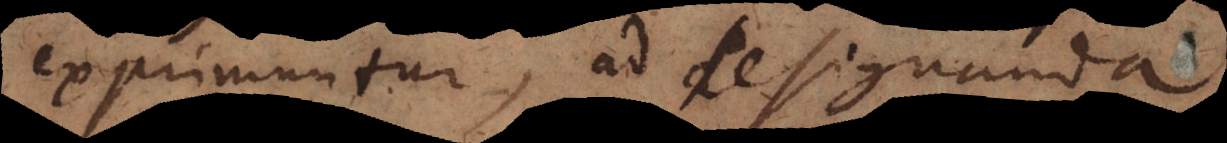
exprimuntur, ad designanda